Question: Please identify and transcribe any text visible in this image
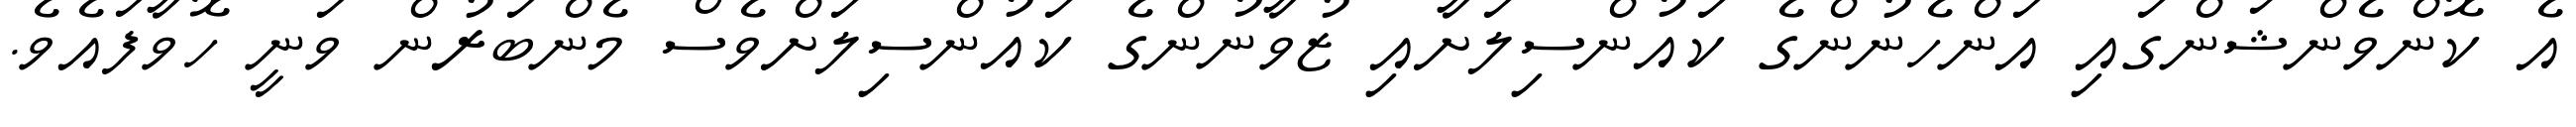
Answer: އެ ކޮންވެންޝަންގައި އަންހެނުންގެ ކައުންސިލަށާއި ޒުވާނުންގެ ކައުންސިލަށްވެސް މެންބަރުން ވަނީ ހޮވާފައެވެ.